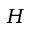
H